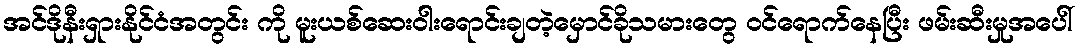
အင်ဒိုနီးရှားနိုင်ငံအတွင်း ကို မူးယစ်ဆေးဝါးရောင်းချတဲ့မှောင်ခိုသမားတွေ ဝင်ရောက်နေပြီး ဖမ်းဆီးမှုအပေါ်